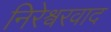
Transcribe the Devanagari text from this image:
निरेश्वरवाद